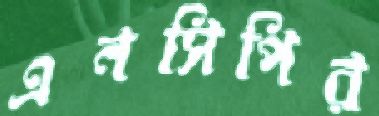
এনসিপির